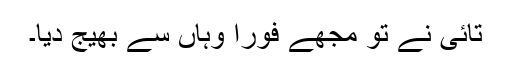
تائی نے تو مجھے فوراً وہاں سے بھیج دیا۔